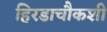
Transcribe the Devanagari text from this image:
हिरडाचौकशी